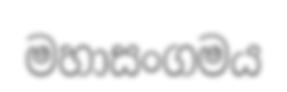
මහාසංගමය